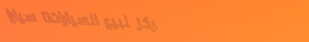
مركز لبيع السيارات: سيارا